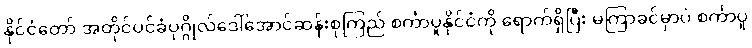
နိုင်ငံတော် အတိုင်ပင်ခံပုဂ္ဂိုလ်ဒေါ်အောင်ဆန်းစုကြည် စင်္ကာပူနိုင်ငံကို ရောက်ရှိပြီး မကြာခင်မှာပဲ စင်္ကာပူ